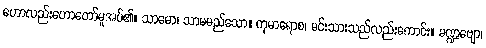
ဟောလည်းဟောတော်မူအပ်၏။ သာမော၊ သာမမည်သော။ ကုမာရောစ၊ မင်းသားသည်လည်းကောင်း။ မဏ္ဍဗျော၊